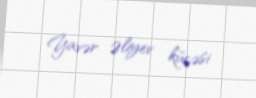
Yavər Əliyev küçəsi